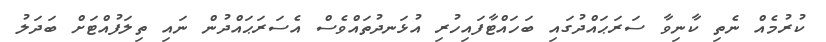
ކުރުމެއް ނެތި ކާނިވާ ސަރަޙައްދުގައި ބަހައްޓާފައިހުރި އުޅަނދުތައްވެސް އެސަރަޙައްދުން ނައި ތިލަފުއްޓަށް ބަދަލު